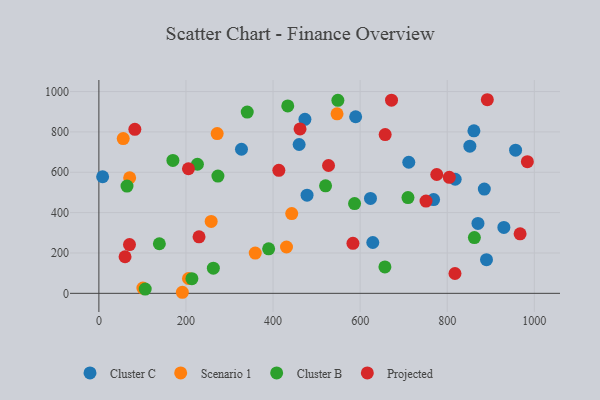
{"axis": {"x": "Investment", "y": "Salary"}, "legend": ["Cluster B", "Cluster C", "Projected", "Scenario 1"], "data": [{"x": "818.3", "y": 565.5, "type": "Cluster C"}, {"x": "327.5", "y": 714.1, "type": "Cluster C"}, {"x": "930.1", "y": 326.7, "type": "Cluster C"}, {"x": "473.2", "y": 862.5, "type": "Cluster C"}, {"x": "459.9", "y": 737.8, "type": "Cluster C"}, {"x": "957.0", "y": 709.4, "type": "Cluster C"}, {"x": "885.2", "y": 516.6, "type": "Cluster C"}, {"x": "629.1", "y": 252.0, "type": "Cluster C"}, {"x": "870.6", "y": 346.4, "type": "Cluster C"}, {"x": "768.7", "y": 464.7, "type": "Cluster C"}, {"x": "890.2", "y": 166.8, "type": "Cluster C"}, {"x": "8.6", "y": 577.9, "type": "Cluster C"}, {"x": "861.3", "y": 805.4, "type": "Cluster C"}, {"x": "711.7", "y": 649.7, "type": "Cluster C"}, {"x": "852.0", "y": 729.5, "type": "Cluster C"}, {"x": "623.8", "y": 470.3, "type": "Cluster C"}, {"x": "478.1", "y": 486.7, "type": "Cluster C"}, {"x": "589.7", "y": 875.1, "type": "Cluster C"}, {"x": "101.1", "y": 26.0, "type": "Scenario 1"}, {"x": "442.9", "y": 395.5, "type": "Scenario 1"}, {"x": "257.9", "y": 356.6, "type": "Scenario 1"}, {"x": "430.9", "y": 229.7, "type": "Scenario 1"}, {"x": "271.7", "y": 791.7, "type": "Scenario 1"}, {"x": "191.7", "y": 5.3, "type": "Scenario 1"}, {"x": "205.8", "y": 73.6, "type": "Scenario 1"}, {"x": "359.1", "y": 199.8, "type": "Scenario 1"}, {"x": "547.0", "y": 889.6, "type": "Scenario 1"}, {"x": "55.9", "y": 767.0, "type": "Scenario 1"}, {"x": "70.7", "y": 572.8, "type": "Scenario 1"}, {"x": "64.6", "y": 531.6, "type": "Cluster B"}, {"x": "587.2", "y": 444.9, "type": "Cluster B"}, {"x": "389.9", "y": 220.7, "type": "Cluster B"}, {"x": "340.7", "y": 898.5, "type": "Cluster B"}, {"x": "520.6", "y": 533.0, "type": "Cluster B"}, {"x": "273.4", "y": 581.0, "type": "Cluster B"}, {"x": "433.8", "y": 928.7, "type": "Cluster B"}, {"x": "548.9", "y": 956.4, "type": "Cluster B"}, {"x": "862.4", "y": 276.5, "type": "Cluster B"}, {"x": "138.9", "y": 245.7, "type": "Cluster B"}, {"x": "656.9", "y": 130.7, "type": "Cluster B"}, {"x": "170.0", "y": 658.8, "type": "Cluster B"}, {"x": "709.9", "y": 474.5, "type": "Cluster B"}, {"x": "106.4", "y": 21.0, "type": "Cluster B"}, {"x": "262.9", "y": 124.5, "type": "Cluster B"}, {"x": "213.6", "y": 72.8, "type": "Cluster B"}, {"x": "226.3", "y": 639.7, "type": "Cluster B"}, {"x": "776.0", "y": 589.1, "type": "Projected"}, {"x": "70.3", "y": 241.7, "type": "Projected"}, {"x": "413.3", "y": 609.5, "type": "Projected"}, {"x": "751.3", "y": 457.1, "type": "Projected"}, {"x": "462.0", "y": 814.9, "type": "Projected"}, {"x": "657.5", "y": 787.1, "type": "Projected"}, {"x": "967.4", "y": 294.9, "type": "Projected"}, {"x": "804.8", "y": 575.2, "type": "Projected"}, {"x": "205.7", "y": 617.5, "type": "Projected"}, {"x": "672.1", "y": 957.3, "type": "Projected"}, {"x": "892.1", "y": 959.6, "type": "Projected"}, {"x": "527.4", "y": 633.7, "type": "Projected"}, {"x": "82.6", "y": 812.7, "type": "Projected"}, {"x": "817.8", "y": 98.4, "type": "Projected"}, {"x": "60.1", "y": 181.3, "type": "Projected"}, {"x": "984.1", "y": 652.8, "type": "Projected"}, {"x": "230.0", "y": 280.2, "type": "Projected"}, {"x": "583.5", "y": 248.0, "type": "Projected"}]}